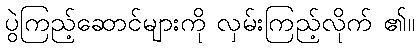
ပွဲကြည့်ဆောင်များကို လှမ်းကြည့်လိုက် ၏။